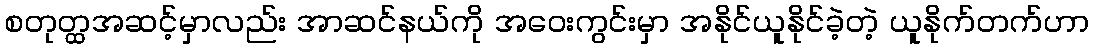
စတုတ္ထအဆင့်မှာလည်း အာဆင်နယ်ကို အဝေးကွင်းမှာ အနိုင်ယူနိုင်ခဲ့တဲ့ ယူနိုက်တက်ဟာ